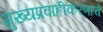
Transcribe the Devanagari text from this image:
मुख्यप्रवाहीकरणाचे